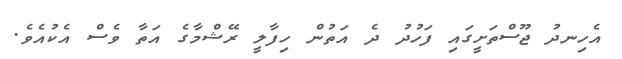
އެހިނދު ޖޫސްތަށީގައި ފަހުދު ދެ އަތުން ހިފާލީ ރޭޝްމާގެ އަތާ ވެސް އެކުއެވެ.